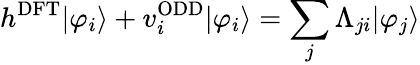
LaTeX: h^{\mathrm{DFT}}|\varphi_{i}\rangle+v_{i}^{\mathrm{ODD}}|\varphi_{i}\rangle=\sum_{j}\Lambda_{ji}|\varphi_{j}\rangle